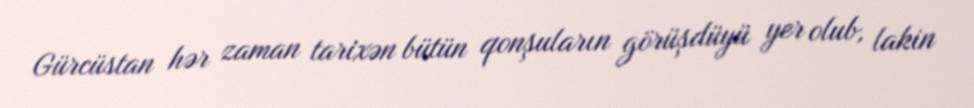
Gürcüstan hər zaman tarixən bütün qonşuların görüşdüyü yer olub, lakin